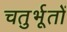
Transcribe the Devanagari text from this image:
चतुर्भूतों